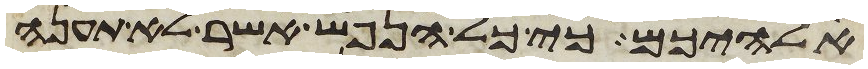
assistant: אלהיכם כי כל הנפש אשר לא תענה